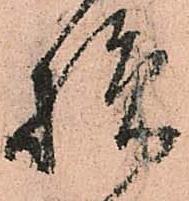
損